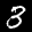
Label: 3